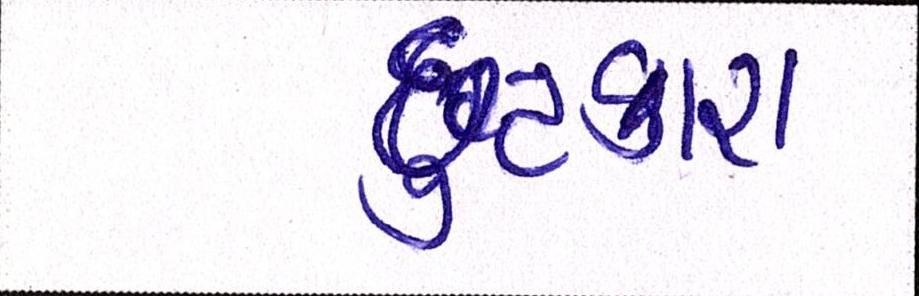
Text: છુટકારા